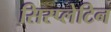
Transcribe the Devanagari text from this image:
सिस्प्लेटिन